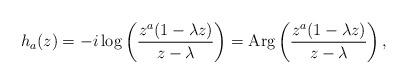
LaTeX: \begin{align*}h_a(z) & =-i\log{\left(\frac{z^{a}(1-\lambda z)}{z-\lambda}\right)}=\textnormal{Arg}\left(\frac{z^{a}(1-\lambda z)}{z-\lambda}\right),\end{align*}